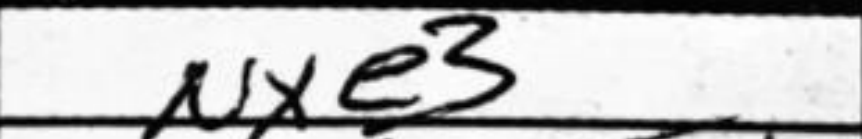
Transcription: Nxe3